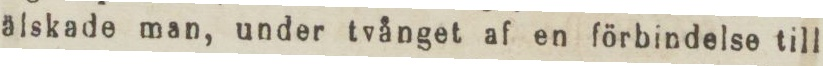
älskade man, under tvånget af en förbindelse till